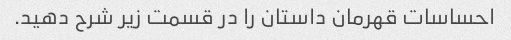
احساسات قهرمان داستان را در قسمت زیر شرح دهید.